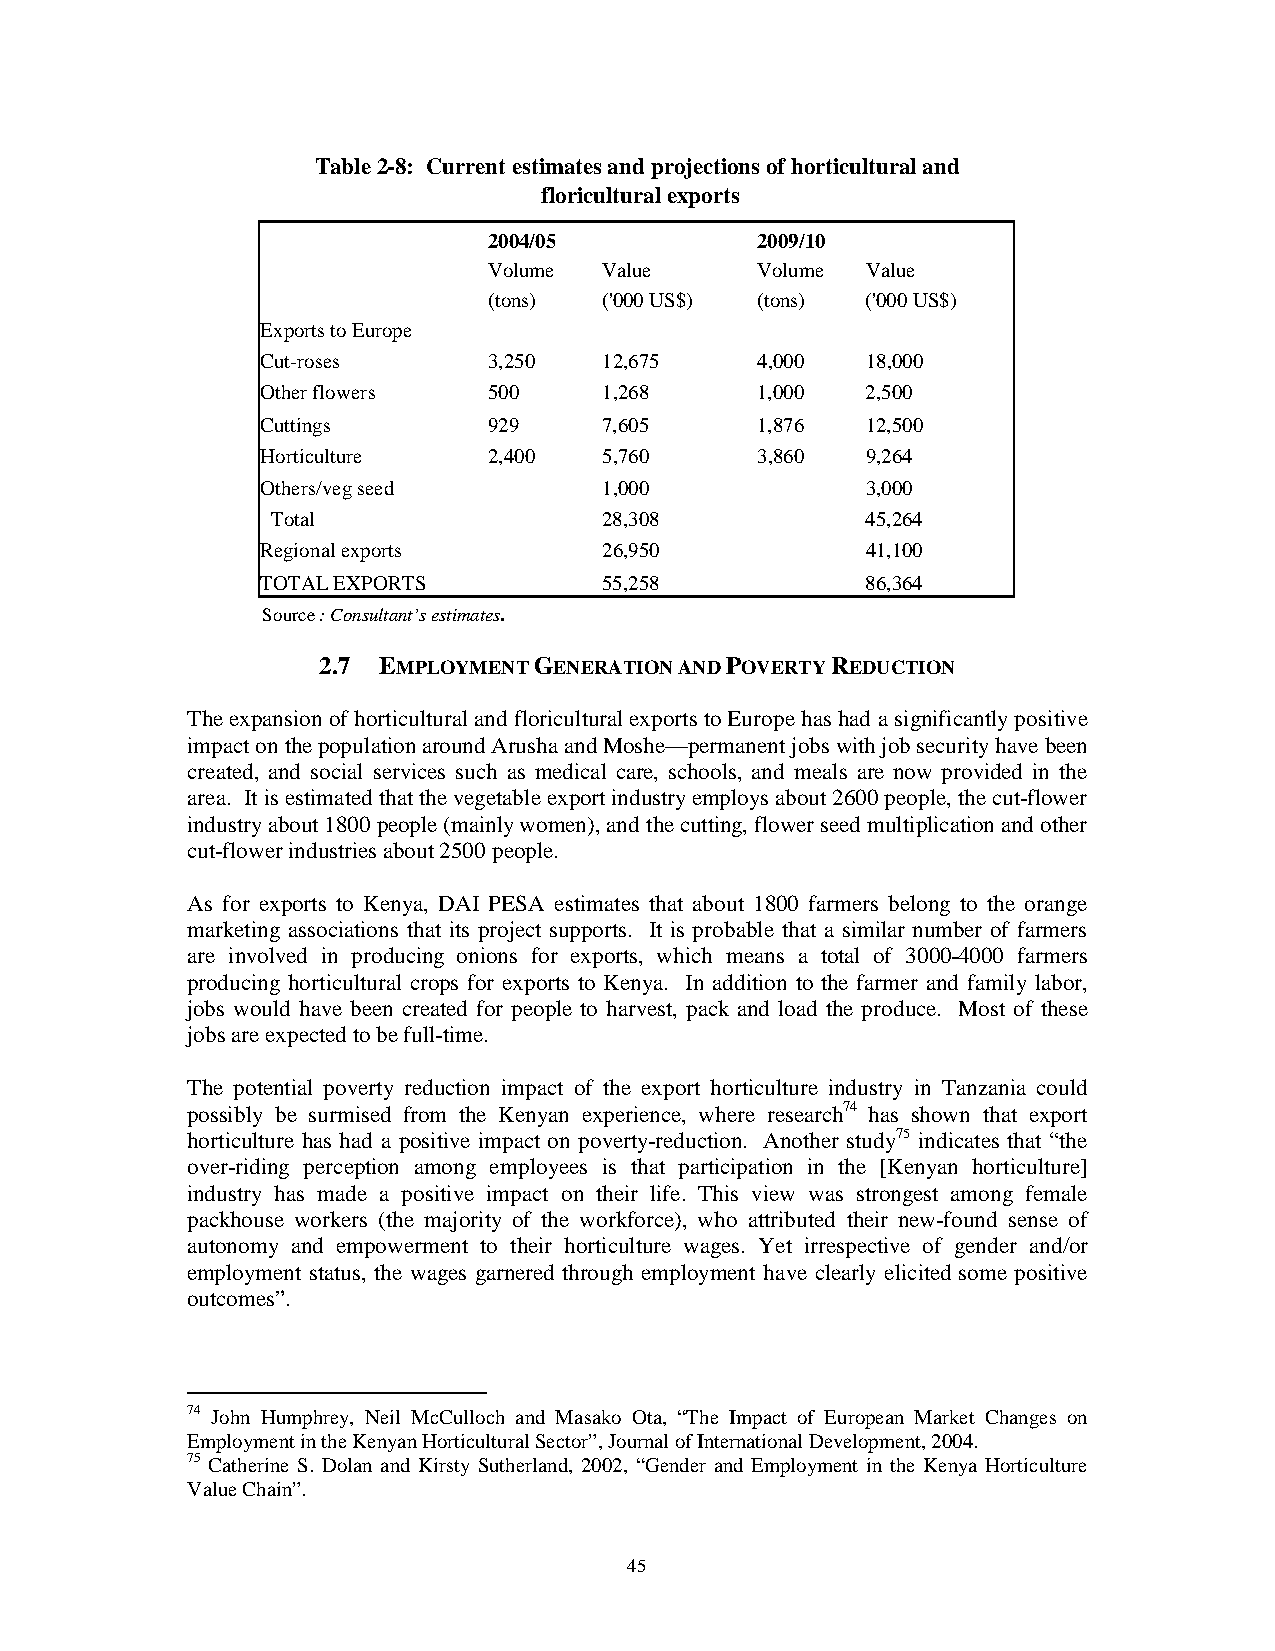
Table 2-8: Current estimates and projections of horticultural and
 floricultural exports
 2004/05           2009/10
 Volume  Value     Volume Value
 (tons)  ('000 US$) (tons) ('000 US$)
 Exports to Europe
 Cut-roses      3,250   12,675    4,000  18,000
 Other flowers  500     1,268     1,000  2,500
 Cuttings       929     7,605     1,876  12,500
 Horticulture   2,400   5,760     3,860  9,264
 Others/veg seed        1,000            3,000
 Total                 28,308           45,264
 Regional exports       26,950           41,100
 TOTAL EXPORTS          55,258           86,364
 Source : Consultant’s estimates.
 2.7 EMPLOYMENT GENERATION AND POVERTY REDUCTION
 The expansion of horticultural and floricultural exports to Europe has had a significantly positive
 impact on the population around Arusha and Moshe—permanent jobs with job security have been
 created, and social services such as medical care, schools, and meals are now provided in the
 area. It is estimated that the vegetable export industry employs about 2600 people, the cut-flower
 industry about 1800 people (mainly women), and the cutting, flower seed multiplication and other
 cut-flower industries about 2500 people.
 As for exports to Kenya, DAI PESA estimates that about 1800 farmers belong to the orange
 marketing associations that its project supports. It is probable that a similar number of farmers
 are involved in producing onions for exports, which means a total of 3000-4000 farmers
 producing horticultural crops for exports to Kenya. In addition to the farmer and family labor,
 jobs would have been created for people to harvest, pack and load the produce. Most of these
 jobs are expected to be full-time.
 The potential poverty reduction impact of the export horticulture industry in Tanzania could
 possibly be surmised from the Kenyan experience, where research74 has shown that export
 horticulture has had a positive impact on poverty-reduction. Another study75 indicates that “the
 over-riding perception among employees is that participation in the [Kenyan horticulture]
 industry has made a positive impact on their life. This view was strongest among female
 packhouse workers (the majority of the workforce), who attributed their new-found sense of
 autonomy and empowerment to their horticulture wages. Yet irrespective of gender and/or
 employment status, the wages garnered through employment have clearly elicited some positive
 outcomes”.
 74 John Humphrey, Neil McCulloch and Masako Ota, “The Impact of European Market Changes on
 Employment in the Kenyan Horticultural Sector”, Journal of International Development, 2004.
 75 Catherine S. Dolan and Kirsty Sutherland, 2002, “Gender and Employment in the Kenya Horticulture
 Value Chain”.
 45